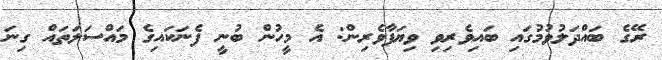
ރޭގެ ބައްދަލުވުމުގައި ބައިވެރިވި ވިޔަފާވެރިން: އެ މީހުން ބުނީ ފެނަކައިގެ މައްސަލަތައް ގިނަ